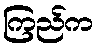
ကြည်က